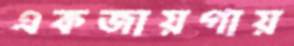
একজায়গায়